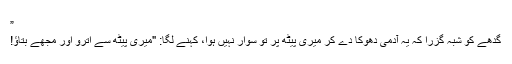
”
گدھے کو شبہ گزرا کہ یہ آدمی دھوکا دے کر میری پیٹھ پر تو سوار نہیں ہوا، کہنے لگا: "میری پیٹھ سے اترو اور مجھے بتاؤ!